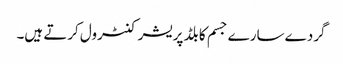
گردے سارے جسم کا بلڈ پریشر کنٹرول کرتے ہیں۔